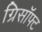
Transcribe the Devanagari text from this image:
ग्रिसॉफ्‍ट